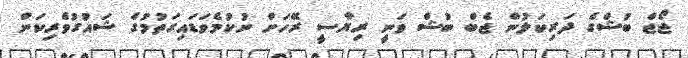
ޖޯޖް ބުޝްގެ ދަރިކަލުން ޖެބް ބުޝް ވަނީ ރިޔާސީ ރޭހަށް ނުކުމެވަޑައިގަތުމުގެ ޝައުގުވެރިކަން